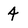
Character: 4